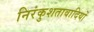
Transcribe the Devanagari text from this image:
निरंकुशतावादियों